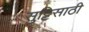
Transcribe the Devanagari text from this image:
सुट्टिसाठी